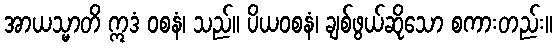
အာယသ္မာတိ ဣဒံ ဝစနံ၊ သည်။ ပိယဝစနံ၊ ချစ်ဖွယ်ဆိုသော စကားတည်း။